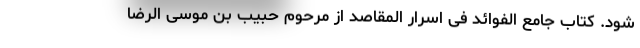
شود. کتاب جامع الفوائد فی اسرار المقاصد از مرحوم حبیب بن موسی ‌الرضا